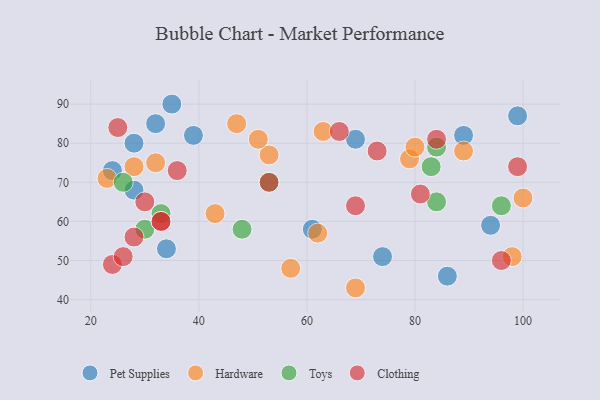
{"axis": {"x": "GDP", "y": "Life Expectancy"}, "legend": ["Clothing", "Hardware", "Pet Supplies", "Toys"], "data": [{"x": "34", "y": 53, "type": "Pet Supplies"}, {"x": "94", "y": 59, "type": "Pet Supplies"}, {"x": "28", "y": 80, "type": "Pet Supplies"}, {"x": "86", "y": 46, "type": "Pet Supplies"}, {"x": "24", "y": 73, "type": "Pet Supplies"}, {"x": "61", "y": 58, "type": "Pet Supplies"}, {"x": "28", "y": 68, "type": "Pet Supplies"}, {"x": "35", "y": 90, "type": "Pet Supplies"}, {"x": "32", "y": 85, "type": "Pet Supplies"}, {"x": "99", "y": 87, "type": "Pet Supplies"}, {"x": "39", "y": 82, "type": "Pet Supplies"}, {"x": "89", "y": 82, "type": "Pet Supplies"}, {"x": "69", "y": 81, "type": "Pet Supplies"}, {"x": "74", "y": 51, "type": "Pet Supplies"}, {"x": "89", "y": 78, "type": "Hardware"}, {"x": "100", "y": 66, "type": "Hardware"}, {"x": "79", "y": 76, "type": "Hardware"}, {"x": "53", "y": 77, "type": "Hardware"}, {"x": "47", "y": 85, "type": "Hardware"}, {"x": "43", "y": 62, "type": "Hardware"}, {"x": "23", "y": 71, "type": "Hardware"}, {"x": "57", "y": 48, "type": "Hardware"}, {"x": "62", "y": 57, "type": "Hardware"}, {"x": "69", "y": 43, "type": "Hardware"}, {"x": "63", "y": 83, "type": "Hardware"}, {"x": "51", "y": 81, "type": "Hardware"}, {"x": "98", "y": 51, "type": "Hardware"}, {"x": "28", "y": 74, "type": "Hardware"}, {"x": "32", "y": 75, "type": "Hardware"}, {"x": "80", "y": 79, "type": "Hardware"}, {"x": "48", "y": 58, "type": "Toys"}, {"x": "53", "y": 70, "type": "Toys"}, {"x": "83", "y": 74, "type": "Toys"}, {"x": "96", "y": 64, "type": "Toys"}, {"x": "84", "y": 65, "type": "Toys"}, {"x": "84", "y": 79, "type": "Toys"}, {"x": "26", "y": 70, "type": "Toys"}, {"x": "30", "y": 58, "type": "Toys"}, {"x": "33", "y": 62, "type": "Toys"}, {"x": "36", "y": 73, "type": "Clothing"}, {"x": "24", "y": 49, "type": "Clothing"}, {"x": "96", "y": 50, "type": "Clothing"}, {"x": "73", "y": 78, "type": "Clothing"}, {"x": "30", "y": 65, "type": "Clothing"}, {"x": "99", "y": 74, "type": "Clothing"}, {"x": "26", "y": 51, "type": "Clothing"}, {"x": "33", "y": 60, "type": "Clothing"}, {"x": "33", "y": 60, "type": "Clothing"}, {"x": "81", "y": 67, "type": "Clothing"}, {"x": "53", "y": 70, "type": "Clothing"}, {"x": "28", "y": 56, "type": "Clothing"}, {"x": "69", "y": 64, "type": "Clothing"}, {"x": "84", "y": 81, "type": "Clothing"}, {"x": "66", "y": 83, "type": "Clothing"}, {"x": "25", "y": 84, "type": "Clothing"}]}